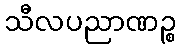
သီလပညာဏဉ္စ